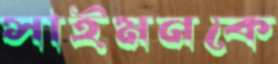
সাইমনকে